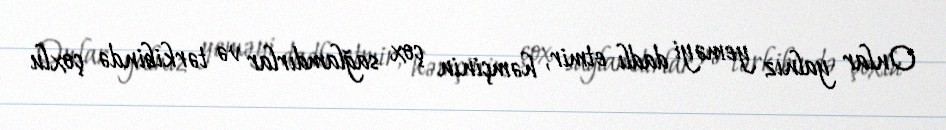
Onlar yalnız yeməyi dadlı etmir, həmçinin çox sağlamdırlar və tərkibində çoxlu